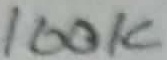
Text: 100K